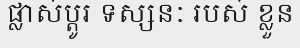
ផ្លាស់ប្តូរ ទស្សនៈ របស់ ខ្លួន